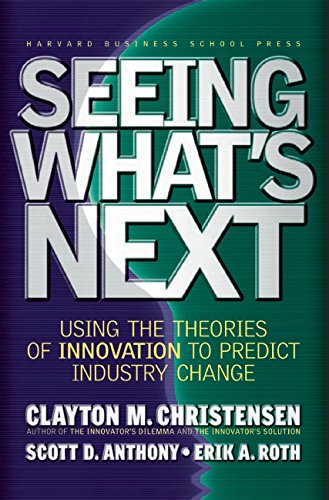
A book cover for Seeing What's Next: Using Theories of Innovation to Predict Industry Change; Clayton M. Christensen; Business & Money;